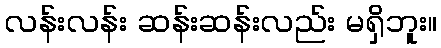
လန်းလန်း ဆန်းဆန်းလည်း မရှိဘူး။